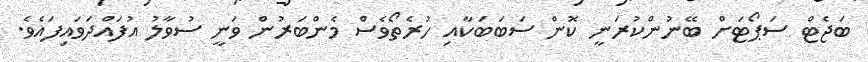
ބަޖެޓް ސަޕޯޓަށް ބޭނުންކުރަނީ ކޮން ސަބަބަކާއި ހުރެތޯވެސް މެންބަރުން ވަނީ ސުވާލު އުފައްދަވައިފައެވެ.